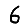
Digit: 6